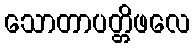
သောတာပတ္တိဖလေ